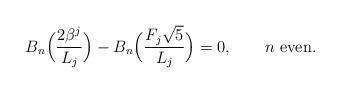
LaTeX: \begin{align*}B_n \Big(\frac{2\beta ^j }{L_j}\Big) - B_n \Big(\frac{F_j \sqrt 5}{ L_j}\Big) = 0,\qquad\mbox{$n$ even}.\end{align*}